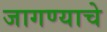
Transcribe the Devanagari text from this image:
जागण्याचे